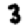
Digit: 3